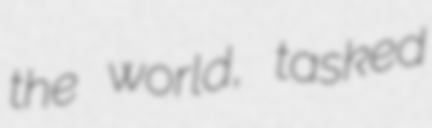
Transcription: the world, tasked